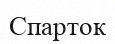
Спарток